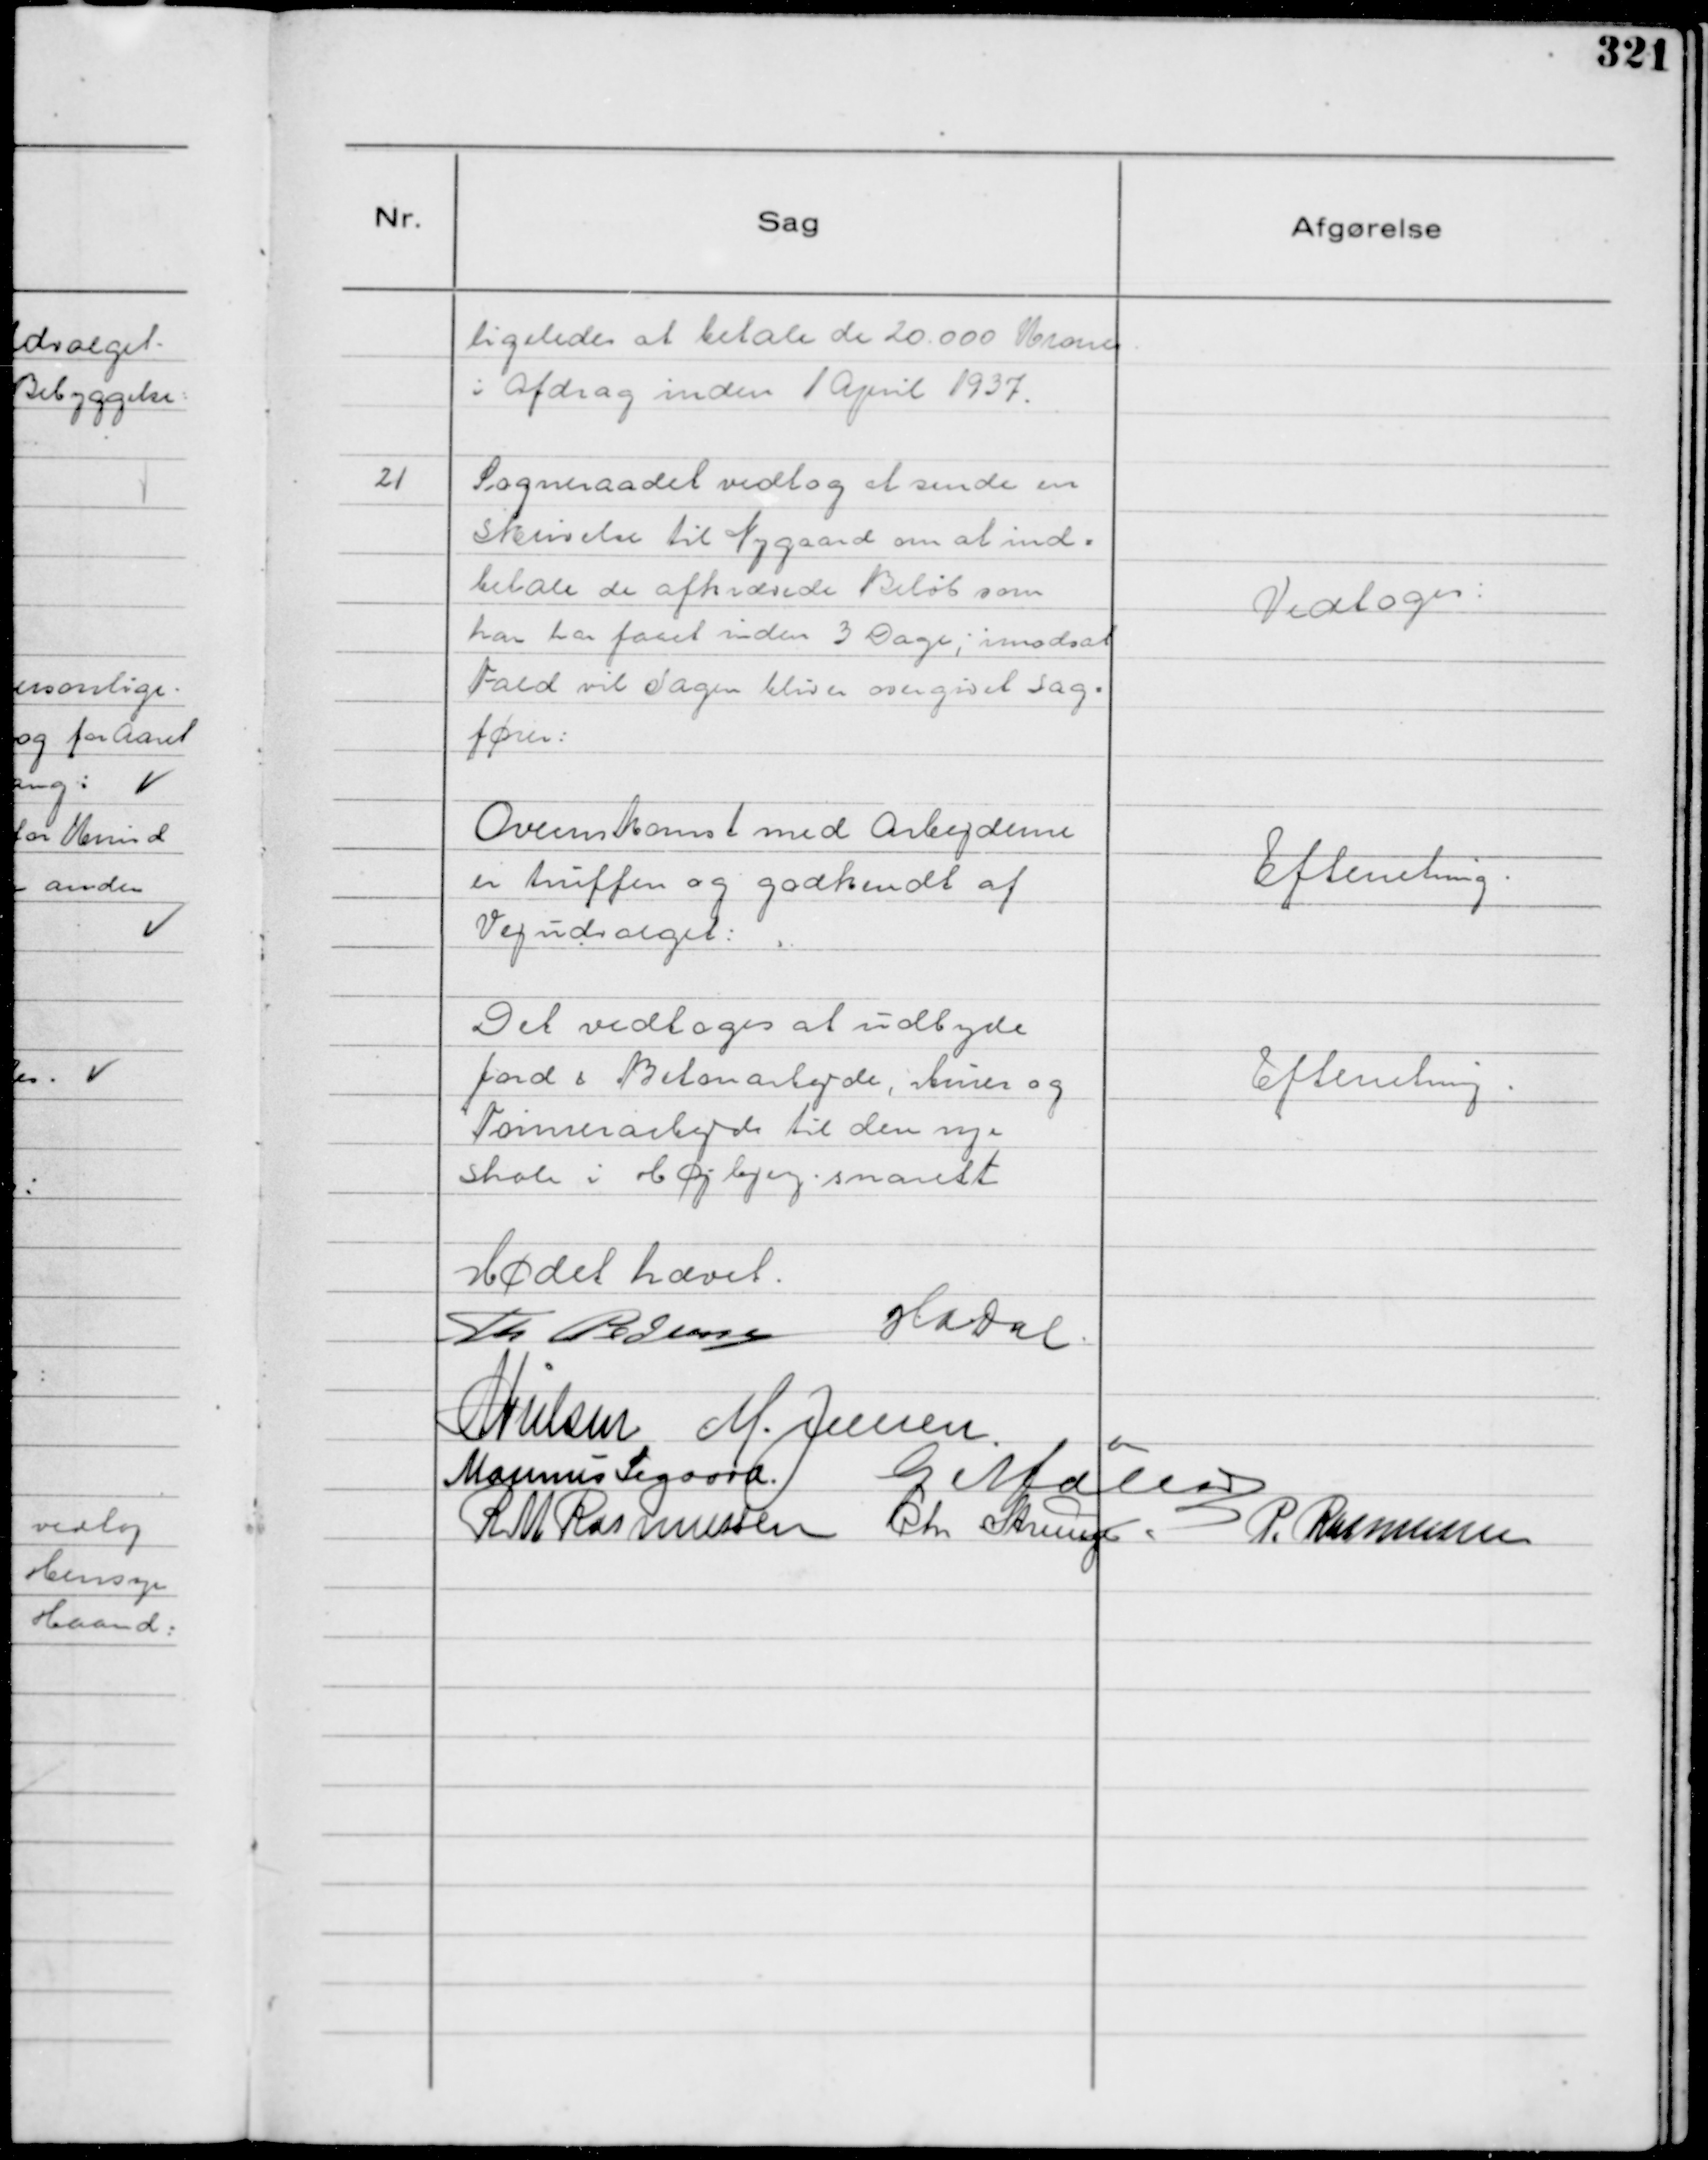
Transskription:
ligeledes at betale de 20.000 Kroner
i Afdrag inden 1 April 1937.

21
Sogneraadet vedtog at sende en
Skrivelse til Nygaard om at ind=
betale de afkrævede Beløb som
han har faaet inden 3 Dage; imodsat
Fald vil Sagen blive overgivet Sag=
fører:

Vedtoges:

Overenskomst med Arbejderne
er truffen og godkendt af
Vejudvalget:

Efterretning.

Det vedtoges at udbyde
Jord & Betonarbejde, Murer og
Tømrerarbejde til den nye
Skole i Højbjerg . snarest

Efterretning.

Mødet hævet.
Th Pedersen
Hadal.
N Nielsen
M. Jensen
Marinus Sigaard
G Møller
R M Rasmussen
Chr Strunge
P. Rasmussen